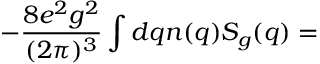
- \frac { 8 e ^ { 2 } g ^ { 2 } } { ( 2 \pi ) ^ { 3 } } \int d q n ( q ) S _ { g } ( q ) =